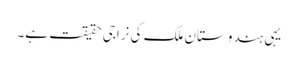
یہی ہندوستان ملک کی نراجی حقیقت ہے۔